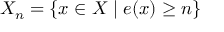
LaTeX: X _ { n } = \{ x \in X \mid e ( x ) \geq n \}